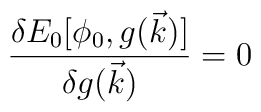
{{\delta E_0[\phi_0,g(\vec{k})]}\over {\delta g(\vec{k})}}=0